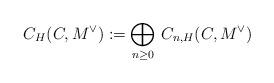
LaTeX: \begin{align*}C_H(C,M^\vee ) := \bigoplus_{n\geq0}\,C_{n,H}(C,M^\vee )\end{align*}